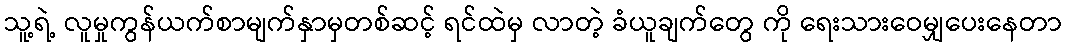
သူ့ရဲ့ လူမှုကွန်ယက်စာမျက်နှာမှတစ်ဆင့် ရင်ထဲမှ လာတဲ့ ခံယူချက်တွေ ကို ရေးသားဝေမျှပေးနေတာ